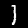
Digit: 1